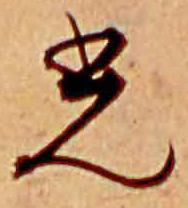
光